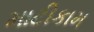
માટીકામ